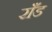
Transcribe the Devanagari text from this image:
राँड